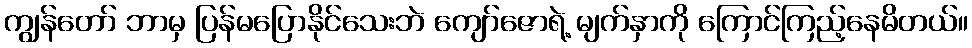
ကျွန်တော် ဘာမှ ပြန်မပြောနိုင်သေးဘဲ ကျော်ဇောရဲ့ မျက်နှာကို ကြောင်ကြည့်နေမိတယ်။